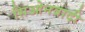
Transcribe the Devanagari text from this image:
सिओनवादी